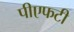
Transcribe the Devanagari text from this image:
पीएफटी